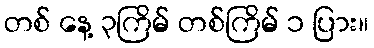
တစ် နေ့ ၃ကြိမ် တစ်ကြိမ် ၁ ပြား။